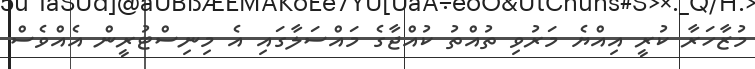
މުޒާހަރާ ކުރީ އިއްޔެ މަރުވި ތުއްތު ކުއްޖާގެ މައްސަލާގައި އެ މިނިސްޓުރީން އެއްވެސް